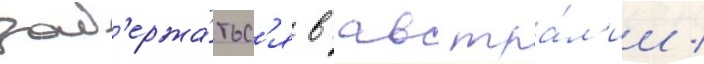
зад'ержа́тьс'я в австра́л'ии /